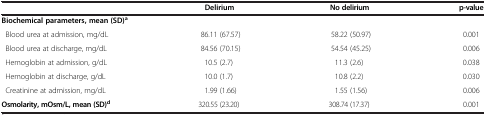
|  | Delirium | No delirium | p-value |
 | --- | --- | --- | --- |
 | <COLSPAN=4> Biochemical parameters, mean (SD)a |
 | Blood urea at admission, mg/dL | 86.11 (67.57) | 58.22 (50.97) | 0.001 |
 | Blood urea at discharge, mg/dL | 84.56 (70.15) | 54.54 (45.25) | 0.006 |
 | Hemoglobin at admission, g/dL | 10.5 (2.7) | 11.3 (2.6) | 0.038 |
 | Hemoglobin at discharge, g/dL | 10.0 (1.7) | 10.8 (2.2) | 0.030 |
 | Creatinine at admission, mg/dL | 1.99 (1.66) | 1.55 (1.56) | 0.006 |
 | Osmolarity, mOsm/L, mean (SD)d | 320.55 (23.20) | 308.74 (17.37) | 0.001 |